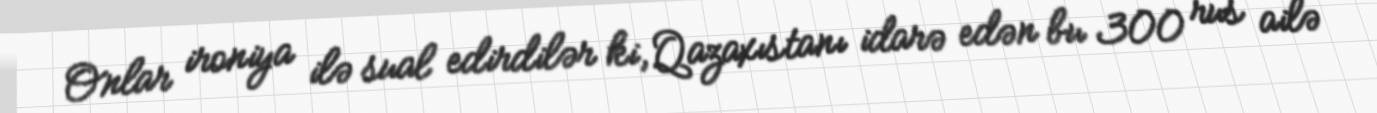
Onlar ironiya ilə sual edirdilər ki, Qazaxıstanı idarə edən bu 300 rus ailə